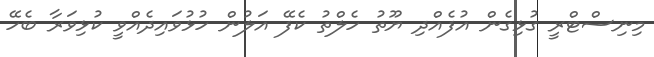
މިނިސްޓްރީ ގުޅިގެން އުފެއްދި ޔޫތު ހެލްތު ކެފޭ އަލުން ހުޅުވައިދެއްވީ ކުޅިވަރާ ބެހޭ